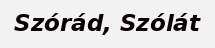
Szórád, Szólát